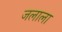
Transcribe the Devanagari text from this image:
जलाला